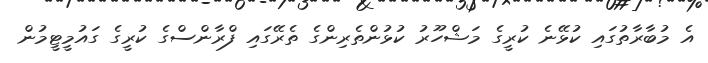
އެ މުބާރާތުގައި ކުޅޭނެ ކުރީގެ މަޝްހޫރު ކުޅުންތެރިންގެ ތެރޭގައި ފްރާންސްގެ ކުރީގެ ގައުމީޓީމުން